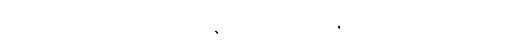
ခုဒ္ဒကသတ္ထေ ဥပါသကောဝ အာဓိပတေယျဋ္ဌော ဇေဋ္ဌမူလမာသေ ပိဏ္ဍဒါယကာ